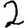
Digit: 2